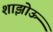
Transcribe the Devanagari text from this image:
शाझोऊ